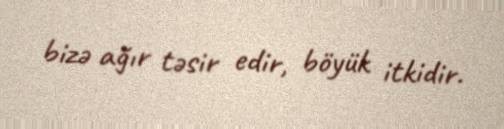
bizə ağır təsir edir, böyük itkidir.